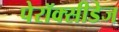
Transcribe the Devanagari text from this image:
पेरॉक्सीडेज